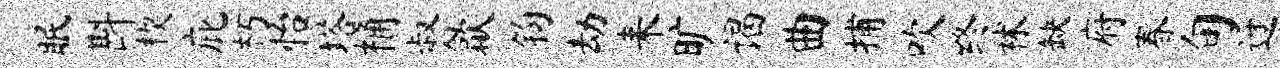
眠斟楔庇朽怡塔桷叔歙钧劫耒旷谒曲捕吹终秫缺府春旬迓